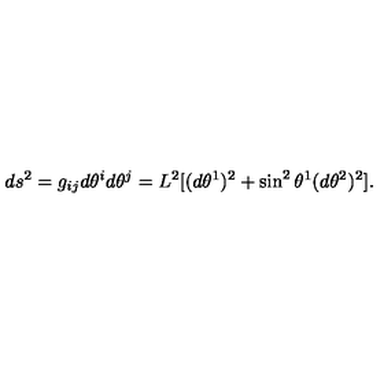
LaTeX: d s ^ { 2 } = g _ { i j } d \theta ^ { i } d \theta ^ { j } = L ^ { 2 } [ ( d \theta ^ { 1 } ) ^ { 2 } + \sin ^ { 2 } \theta ^ { 1 } ( d \theta ^ { 2 } ) ^ { 2 } ] .